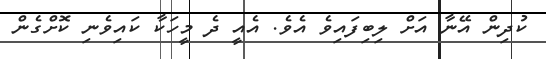
ކުދިން އޭނާ އަށް ލިބިފައިވެ އެވެ. އެއީ ދެ މީހަކާ ކައިވެނި ކޮށްގެން